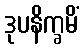
ဒုပနိက္ခမိံ